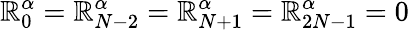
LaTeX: \mathbb{R}_{0}^{\alpha}=\mathbb{R}_{N-2}^{\alpha}=\mathbb{R}_{N+1}^{\alpha}=\mathbb{R}_{2N-1}^{\alpha}=0